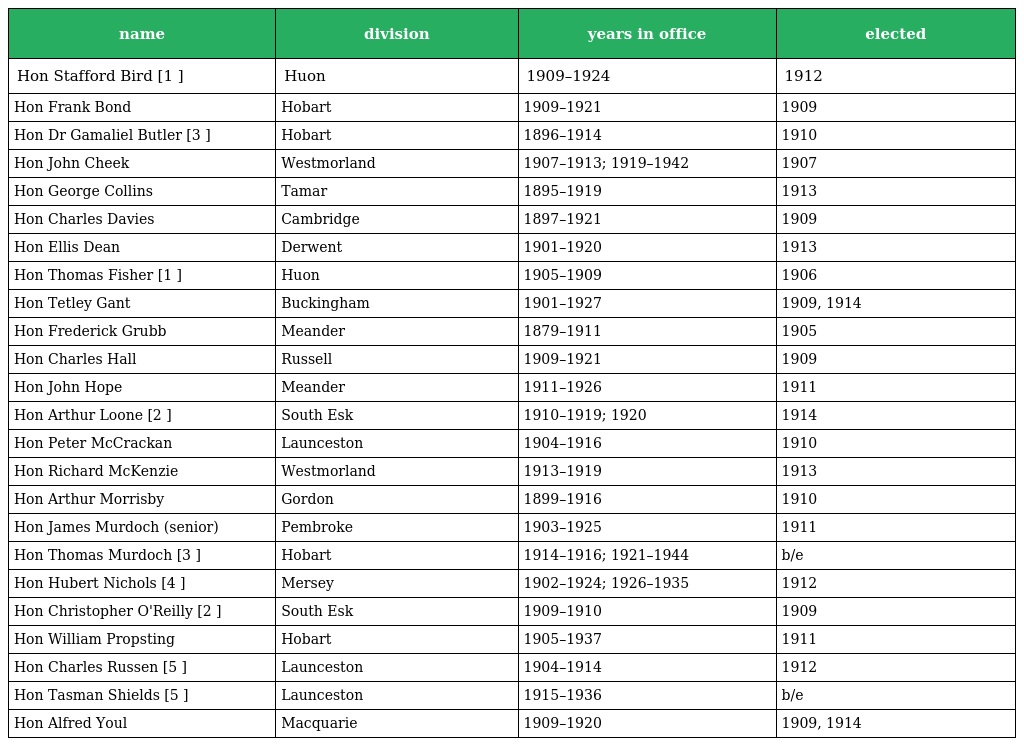
| name | division | years in office | elected |
 | --- | --- | --- | --- |
 | Hon Stafford Bird [1 ] | Huon | 1909–1924 | 1912 |
 | Hon Frank Bond | Hobart | 1909–1921 | 1909 |
 | Hon Dr Gamaliel Butler [3 ] | Hobart | 1896–1914 | 1910 |
 | Hon John Cheek | Westmorland | 1907–1913; 1919–1942 | 1907 |
 | Hon George Collins | Tamar | 1895–1919 | 1913 |
 | Hon Charles Davies | Cambridge | 1897–1921 | 1909 |
 | Hon Ellis Dean | Derwent | 1901–1920 | 1913 |
 | Hon Thomas Fisher [1 ] | Huon | 1905–1909 | 1906 |
 | Hon Tetley Gant | Buckingham | 1901–1927 | 1909, 1914 |
 | Hon Frederick Grubb | Meander | 1879–1911 | 1905 |
 | Hon Charles Hall | Russell | 1909–1921 | 1909 |
 | Hon John Hope | Meander | 1911–1926 | 1911 |
 | Hon Arthur Loone [2 ] | South Esk | 1910–1919; 1920 | 1914 |
 | Hon Peter McCrackan | Launceston | 1904–1916 | 1910 |
 | Hon Richard McKenzie | Westmorland | 1913–1919 | 1913 |
 | Hon Arthur Morrisby | Gordon | 1899–1916 | 1910 |
 | Hon James Murdoch (senior) | Pembroke | 1903–1925 | 1911 |
 | Hon Thomas Murdoch [3 ] | Hobart | 1914–1916; 1921–1944 | b/e |
 | Hon Hubert Nichols [4 ] | Mersey | 1902–1924; 1926–1935 | 1912 |
 | Hon Christopher O'Reilly [2 ] | South Esk | 1909–1910 | 1909 |
 | Hon William Propsting | Hobart | 1905–1937 | 1911 |
 | Hon Charles Russen [5 ] | Launceston | 1904–1914 | 1912 |
 | Hon Tasman Shields [5 ] | Launceston | 1915–1936 | b/e |
 | Hon Alfred Youl | Macquarie | 1909–1920 | 1909, 1914 |